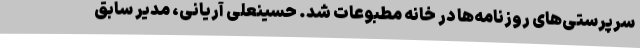
سرپرستی‌های روزنامه‌ها در خانه مطبوعات شد. حسینعلی آریانی، مدیر سابق